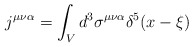
\begin{align*}j^{\mu\nu\alpha} = \int_V d^3 \sigma^{\mu\nu\alpha} \delta^5 (x - \xi)\end{align*}